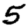
Digit: 5